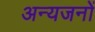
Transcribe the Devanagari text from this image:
अन्यजनों